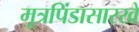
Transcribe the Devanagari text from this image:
मूत्रपिंडासारखे